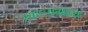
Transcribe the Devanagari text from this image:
स्वरूपग्राहक